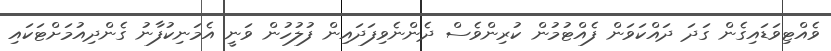
ވެއްޓިވަޑައިގެން ގަދަ ދައްކަވަން ފެއްޓުމުން ކުރިންވެސް ދެންނެވިފަދައިން ފުލުހުން ވަނީ އެމަނިކުފާނު ގެންދިއުމަށްޓަކައި